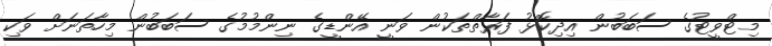
މިޓްވީޓުގެ ސަބަބުން އިދިކޮޅު ފަރާތްތަކުން ވަނީ އޭންޑީގެ ނިންމުމުގެ ސަބަބުން މިހާތަނަށް ވަކި